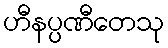
ဟီနပ္ပဏီတေသု